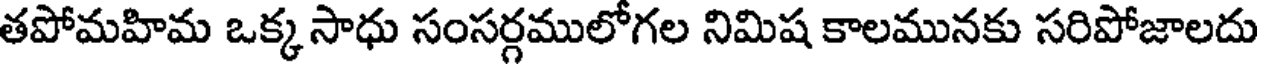
తపోమహిమ ఒక్క సాధు సంసర్గములోగల నిమిష కాలమునకు సరిపోజాలదు